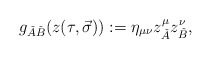
\begin{align*}g_{\check{A}\check{B}}(z(\tau ,\vec{\sigma})):=\eta _{\mu \nu }z_{\check{A}}^{\mu }z_{\check{B}}^{\nu }, \end{align*}